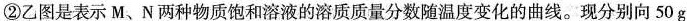
②乙图是表示 M、N 两种物质饱和溶液的溶质质量分数随温度变化的曲线。现分别向50g